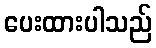
ပေးထားပါသည်